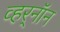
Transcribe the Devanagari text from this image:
व्हर्‌नॉन